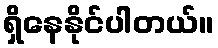
ရှိနေနိုင်ပါတယ်။